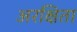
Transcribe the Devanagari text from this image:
अरक्षिता